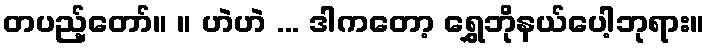
တပည့်တော်။ ။ ဟဲဟဲ ... ဒါကတော့ ရွှေဘိုနယ်ပေါ့ဘုရား။